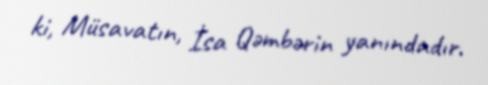
ki, Müsavatın, İsa Qəmbərin yanındadır.